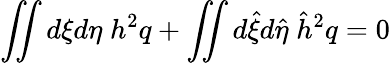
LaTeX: \iint d\xi d\eta\; h^{2}q+\iint d\hat{\xi}d\hat{\eta}\; \hat{h}^{2}q=0